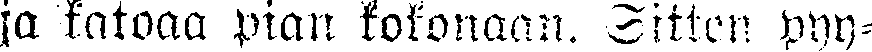
ja katoaa pian kokonaan. Sitten pyy-